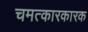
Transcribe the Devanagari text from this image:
चमत्कारकारक